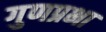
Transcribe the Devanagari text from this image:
गुणप्रभा